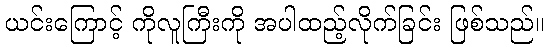
ယင်းကြောင့် ကိုလူကြီးကို အပါထည့်လိုက်ခြင်း ဖြစ်သည်။